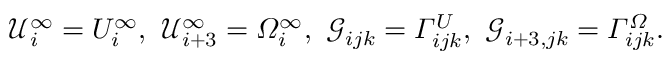
\mathcal { U } _ { i } ^ { \infty } = U _ { i } ^ { \infty } , ~ \mathcal { U } _ { i + 3 } ^ { \infty } = \itOmega _ { i } ^ { \infty } , ~ \mathcal { G } _ { i j k } = \itGamma _ { i j k } ^ { U } , ~ \mathcal { G } _ { i + 3 , j k } = \itGamma _ { i j k } ^ { \itOmega } .